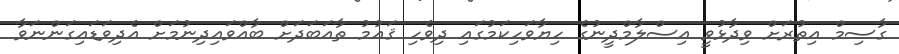
ގާސިމް އިތުރަށް ވިދާޅުވީ އިސްލާމްދީނުގެ ހިޔާވަހިކަމުގައި ދިވެހި ޤައުމު ތާއަބަދަށް ބާއްވައިދިނުމަށް އެދިވަޑައިގަންނަވާ